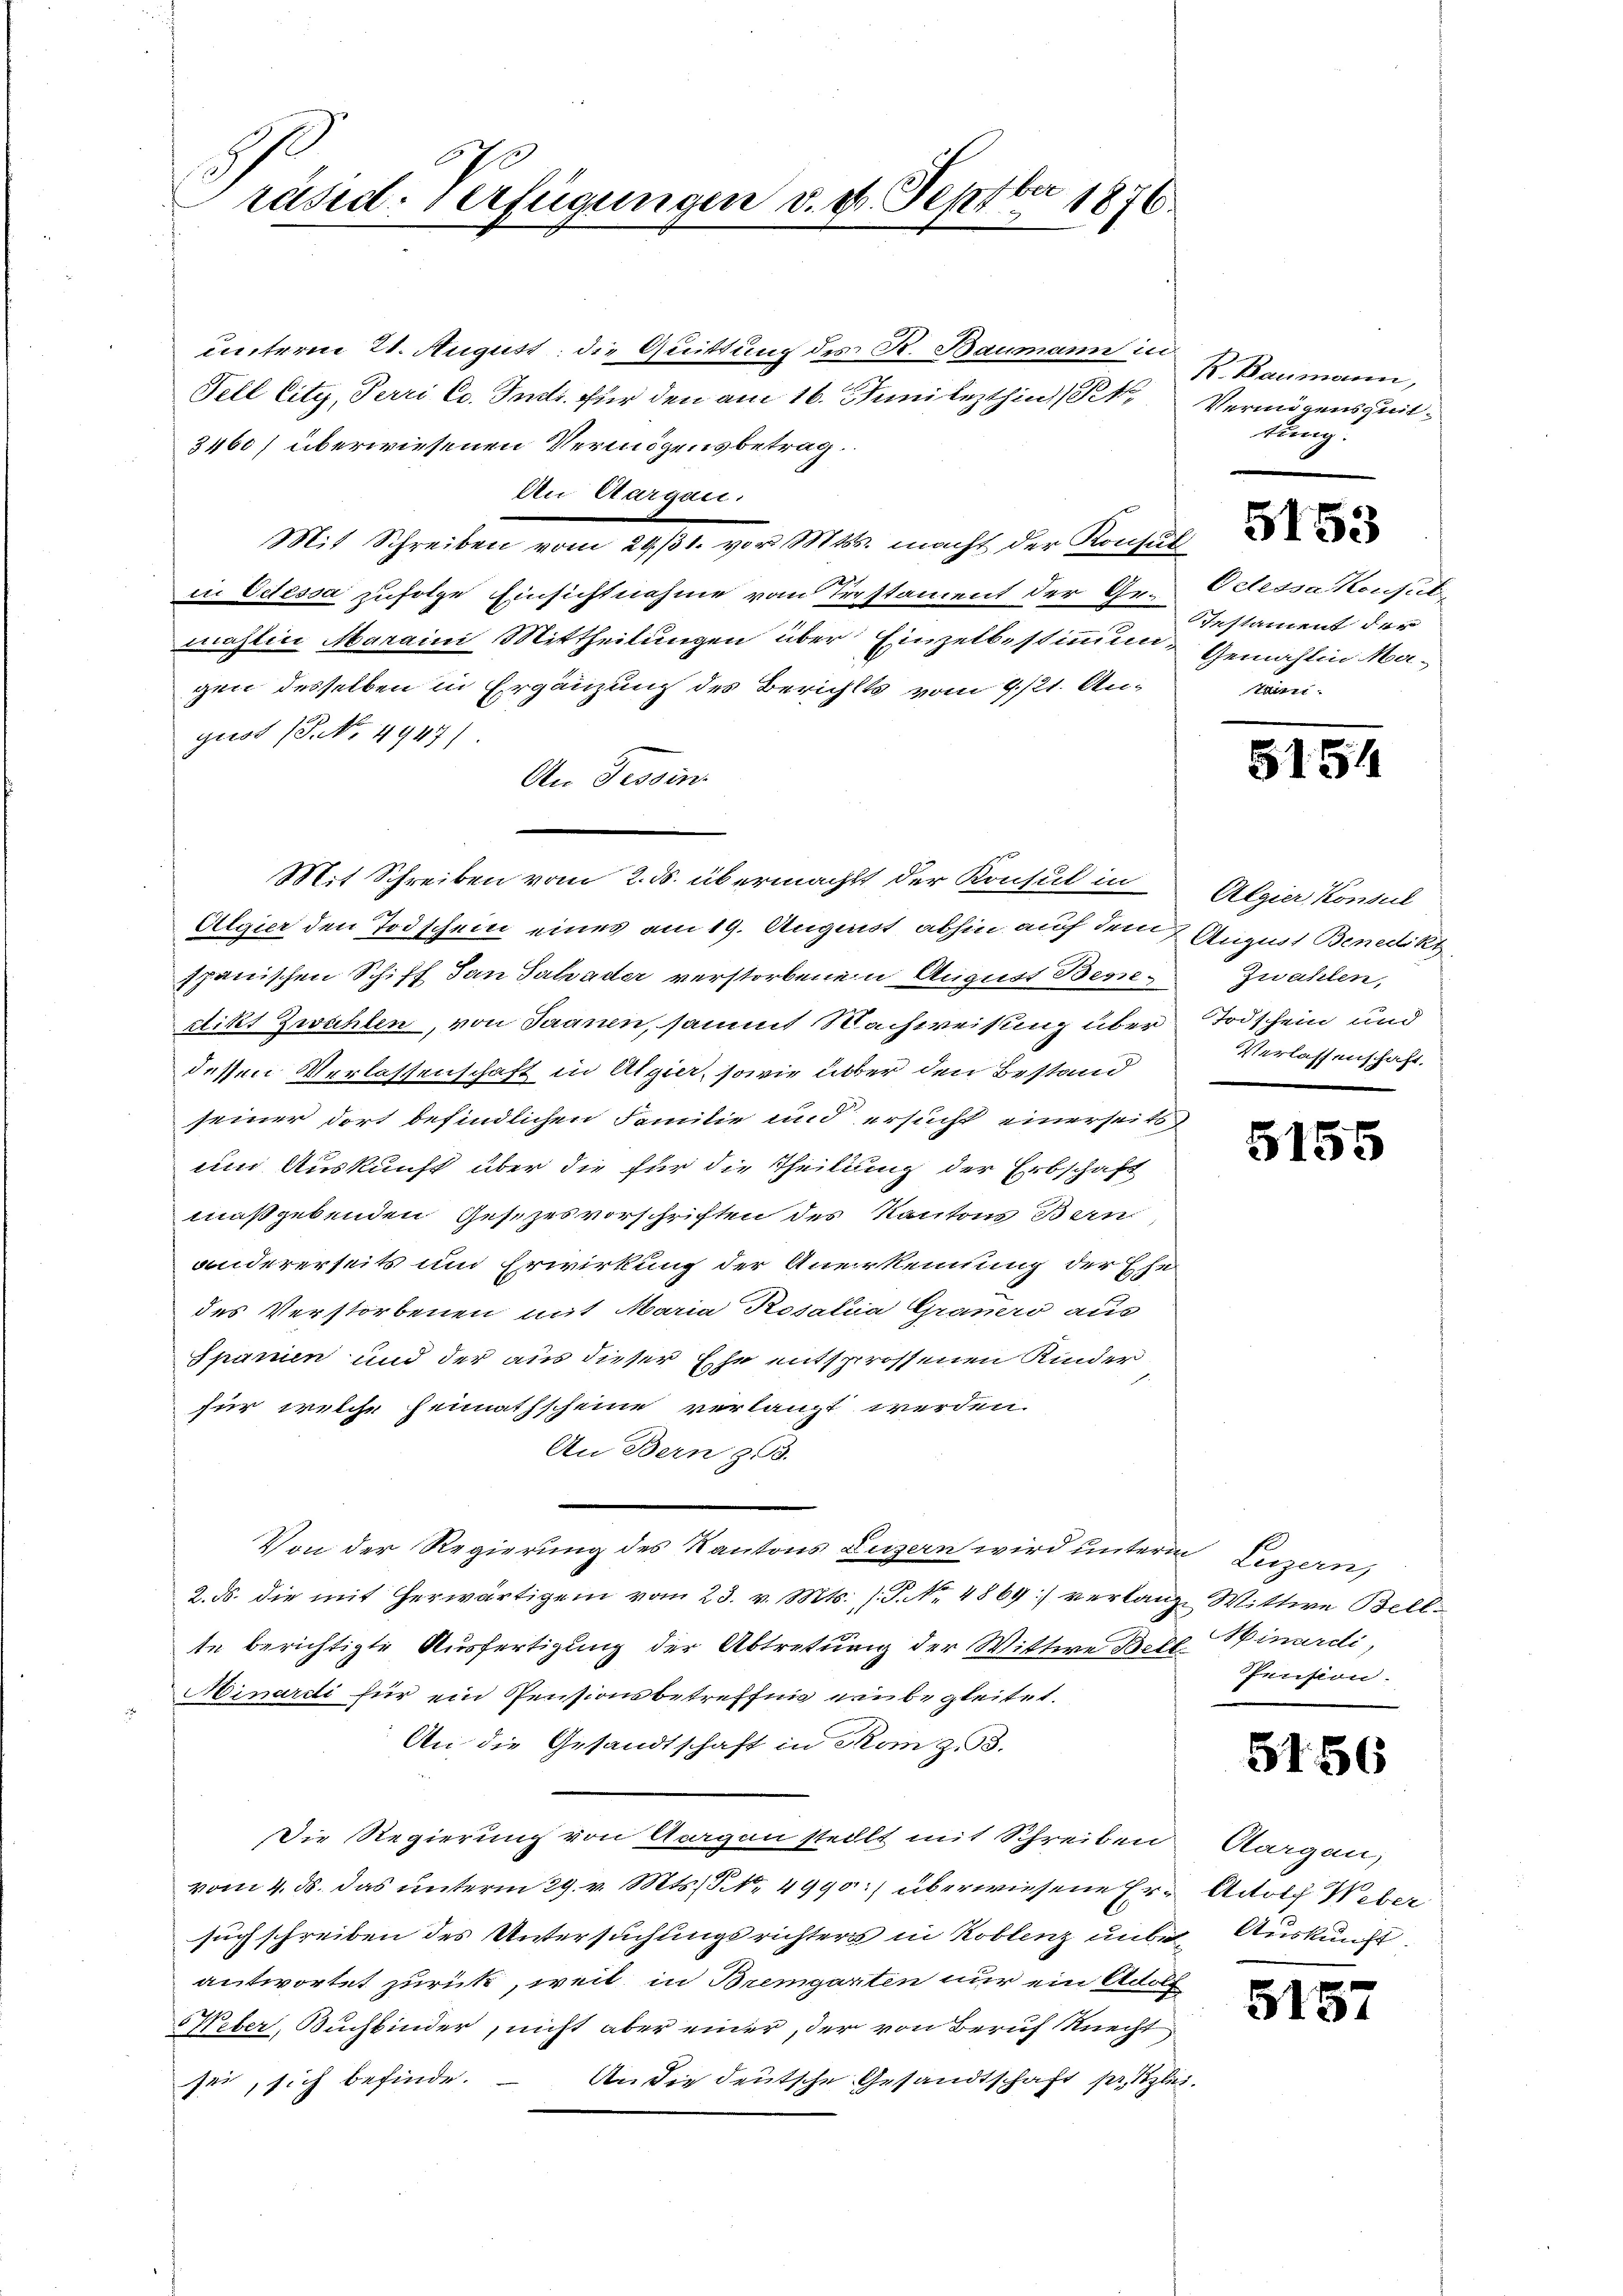
0
Ebe
räsid. Verfügungen v. dr. Sept vor 1876.

unterm 21. August die Quittung des K. Baumann in
Fell City, Perri Co. Instr. für den am 16. Juni lezthin (R
3460/ überwiesenen Vermögensbetrag.
An Aargau.
Mit Schreiben vom 29. 31. vor. Mts. macht der Konsul
in Odessa zufolge Einsichtnahme vom Trestament der Ge-Odlessa konsut
mahlin Maraini Mittheilungen über Einzelbestimmung stament der
gen desselben in Ergänzung des Berichts vom 9. 121. August (T. No 4947)
An Tessin.
Mit Schreiben vom 2. ds. übermacht der Konsul in
Algier den Todschein eines am 19. August abhin auf dem 2. August Benedikt
Ipänischen Schiff dan Salzader verstorbenen August Bessedikt Zwahlen, von Saanen, sammt Nachweisung über Todschein und
dessen Verlassenschaft in Algier, sowie über den Bestand
seiner dort befindlichen Familie und ersucht einerseits
um Auskunft über die für die Theilung der Erbschaft
maßgebenden Gesezesvorschriften des Kantons Bern
andererseits und Erwirkung der Anerkennung der Ehe
des Verstorbenen mit Maria Rosalia Grauero aus
Spanien und der aus dieser Ehe entsprossenen Kinder
für welche heimathscheine verlangt werden.
An Bern 323.
Von der Regierung des Kantons Luzern wird unterm Luzern,
2. ds. die mit herwärtigen vom 23. v. Mts. (T. No. 4869) verlange Wittwe Bellte berichtigte Ausfertigung der Abtretung der Wittwe Bereinardi
Minardi für ein Pensionsbetreffnis grubegleitet.
An die Gesandtschaft in Rom z. B.
Die Regierung von Acagen stellt mit Schreiben
vom 4. ds. das unterm 29. v. Mts. S. 4990:) überwiesene Ersuch schreiben des Untersuchungsrichters in Koblenz unbe Auskunft
antwortet zurück, weil in Bremgarten nur ein Adolf
Weber, Buchbinder, nicht aber einer, der von Beruf Knecht
An die deutsche Gesandtschaft pr. Szli
sei, sich befinde.

K. Baumann,
Vermögensquit.
tung.

Gemählin Ma-
Kainzi¬

5154

Algier Konsul
Zwahlen,
Verlassenschaft.

5155

Pension.

5156

Aargau,
Adolf Weber

5157